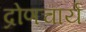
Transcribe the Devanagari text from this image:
द्रोणचार्य